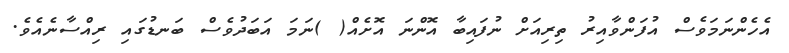
އެހެންނަމަވެސް އުފަންވާއިރު ތިރިއަށް ނުފައިބާ އޮންނަ އޮށެއް( )ނަމަ އަބަދުވެސް ބަނޑުގައި ރިއްސާނެއެވެ.